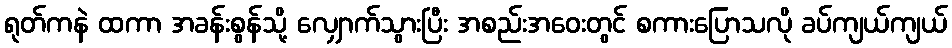
ရုတ်ကနဲ ထကာ အခန်းစွန်သို့ လျှောက်သွားပြီး အစည်းအဝေးတွင် စကားပြောသလို ခပ်ကျယ်ကျယ်